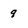
Character: 9